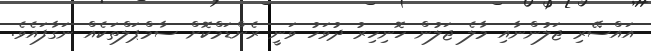
އައްސޭރި ޖަލުންނާއި މާލެ ޖަލުން ހޮނިހިރު ދުވަހު ވަނީ ރެންޑަމްކޮށް ސާމްޕަލްތަކެއް ނަގާފައެވެ.